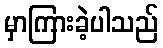
မှာကြားခဲ့ပါသည်